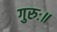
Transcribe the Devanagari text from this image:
गुरुः॥